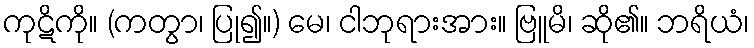
ကုဋိကို။ (ကတွာ၊ ပြု၍။) မေ၊ ငါဘုရားအား။ ဗြူမိ၊ ဆို၏။ ဘရိယံ၊